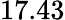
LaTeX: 17.43